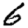
Digit: 6